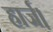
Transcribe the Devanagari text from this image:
हार्ज।